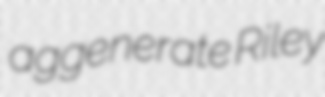
aggenerate Riley